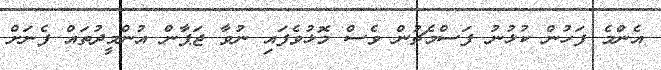
އެންމެ ފަހުން ކުޅުނު ފަސްމެޗުން ވެސް މޮޅުވެފައި ނުވާ ޖަޕާން އުންމީދުތައް ފެނަށް